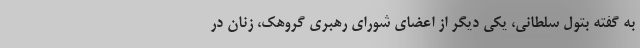
به گفته بتول سلطانی، یکی دیگر از اعضای شورای رهبری گروهک، زنان در